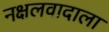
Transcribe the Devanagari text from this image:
नक्षलवादाला